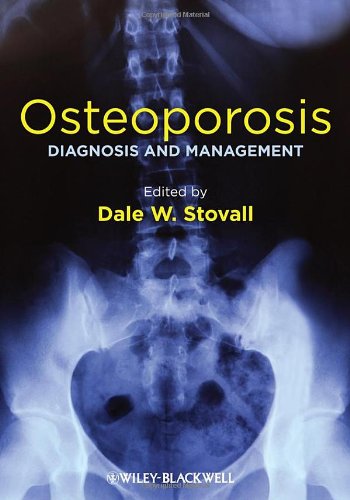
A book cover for Osteoporosis: Diagnosis and Management; Health, Fitness & Dieting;